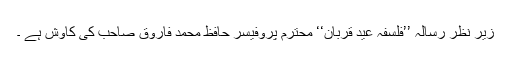
زیر نظر رسالہ ’’فلسفہ عید قربان‘‘ محترم پروفیسر حافظ محمد فاروق صاحب کی کاوش ہے ۔